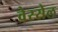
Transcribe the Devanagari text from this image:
वेस्सेल